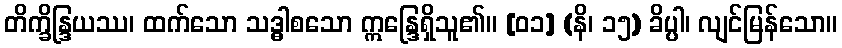
တိက္ခိန္ဒြယဿ၊ ထက်သော သဒ္ဓါစသော ဣန္ဒြေရှိသူ၏။ [၀၁] (နိ၊ ၁၅) ခိပ္ပါ၊ လျင်မြန်သော။